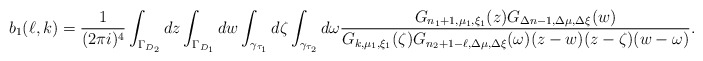
\begin{align*}b_1(\ell,k)=\frac 1{(2\pi i)^4}\int_{\Gamma_{D_2}}dz\int_{\Gamma_{D_1}}dw\int_{\gamma_{\tau_1}}d\zeta\int_{\gamma_{\tau_2}}d\omega\frac{G_{n_1+1,\mu_1,\xi_1}(z)G_{\Delta n-1,\Delta\mu,\Delta\xi}(w)}{G_{k,\mu_1,\xi_1}(\zeta)G_{n_2+1-\ell,\Delta\mu,\Delta\xi}(\omega)(z-w)(z-\zeta)(w-\omega)}.\end{align*}